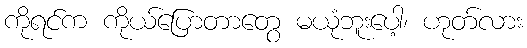
ကိုရင်က ကိုယ်ပြောတာတွေ မယုံဘူးပေါ့၊ ဟုတ်လား